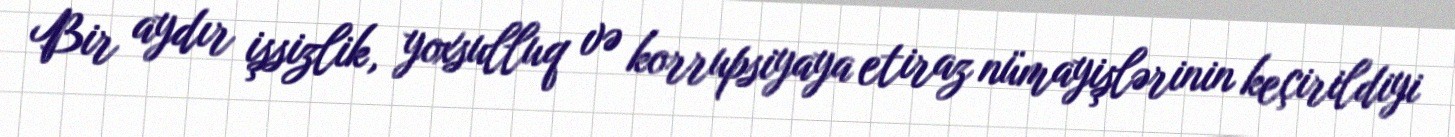
Bir aydır işsizlik, yoxsulluq və korrupsiyaya etiraz nümayişlərinin keçirildiyi